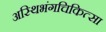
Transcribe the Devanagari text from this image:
अस्थिभंगचिकित्सा